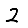
Digit: 2